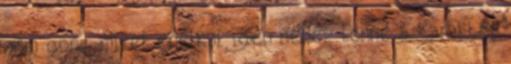
nem gond, mivel enélkül igen nehéz lenne a karakter